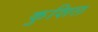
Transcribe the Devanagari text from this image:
कुशिल